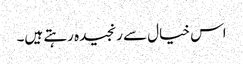
اس خیال سے رنجیدہ رہتے ہیں۔